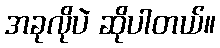
အခုလိုပဲ ဆိုပါတယ်။